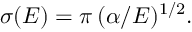
\begin{array} { r } { \sigma ( E ) = \pi \, ( \alpha / E ) ^ { 1 / 2 } . } \end{array}